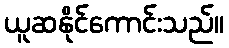
ယူဆနိုင်ကောင်းသည်။